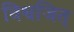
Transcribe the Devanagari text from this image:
विश्वजित्‌